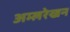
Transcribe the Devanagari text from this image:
अम्लरेखन